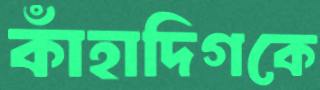
কাঁহাদিগকে